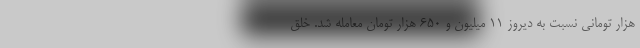
هزار تومانی نسبت به دیروز ۱۱ میلیون و ۶۵۰ هزار تومان معامله شد. خلق